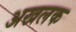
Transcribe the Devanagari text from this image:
अखलक